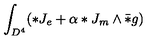
\int _ { D ^ { 4 } } ( * J _ { e } + \alpha * J _ { m } \wedge \bar { * } g )